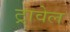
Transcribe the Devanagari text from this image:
ट्रावेल